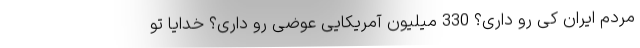
مردم ایران کی رو داری؟ 330 میلیون آمریکایی عوضی رو داری؟ خدایا تو